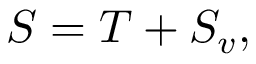
\begin{array} { r } { S = T + S _ { v } , } \end{array}